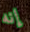
إنه